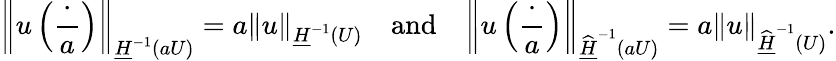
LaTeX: \left\| u\left(\frac{\cdot}{a}\right)\right\| _{\underline{{H}}^{-1}(aU)}=a\| u\| _{\underline{{H}}^{-1}(U)}\quad\mathrm{and}\quad\left\| u\left(\frac{\cdot}{a}\right)\right\| _{\widehat{\underline{{H}}}^{-1}(aU)}=a\| u\| _{\widehat{\underline{{H}}}^{-1}(U)}.